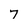
Character: 7